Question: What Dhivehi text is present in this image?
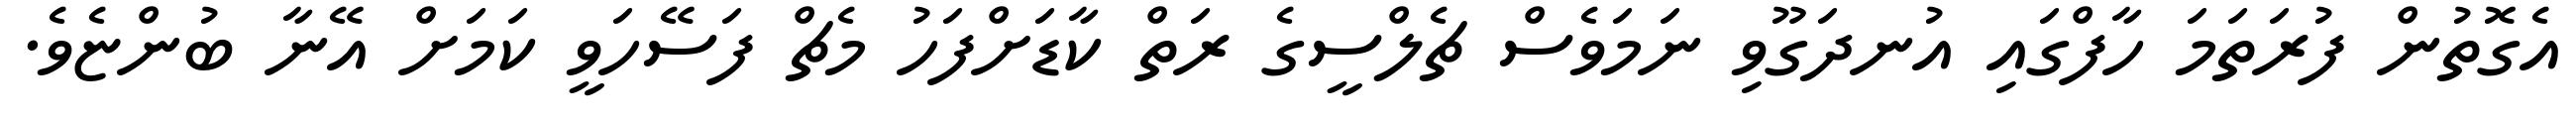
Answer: އެގޮތުން ފުރަތަމަ ހާފްގައި އުނދަގޫވި ނަމަވެސް ޗެލްސީގެ ރަތް ކާޑަށްފަހު މެޗް ފަސޭހަވީ ކަމަށް އޭނާ ބުންޏެވެ.